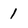
Character: 1